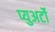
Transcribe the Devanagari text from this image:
प्युअर्टो